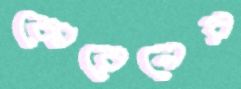
কোরেনের